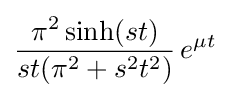
{\frac {\pi ^{2}\sinh(st)}{st(\pi ^{2}+s^{2}t^{2})}}\,e^{\mu t}